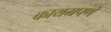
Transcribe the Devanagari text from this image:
कायमपणे